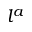
l ^ { a }